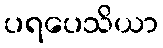
ပရပေသိယာ